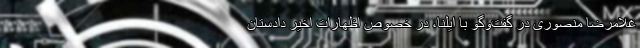
غلامرضا منصوری در گفت‌و‌گو با ایلنا، در خصوص اظهارات اخیر دادستان